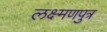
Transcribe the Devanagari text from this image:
लक्ष्मणपुत्र